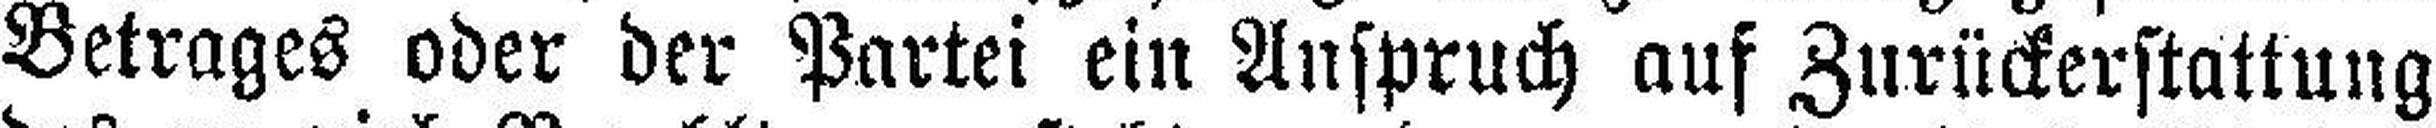
Betrages oder der Partei ein Anspruch auf Zurückerstattung